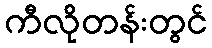
ကီလိုတန်းတွင်